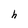
Character: h